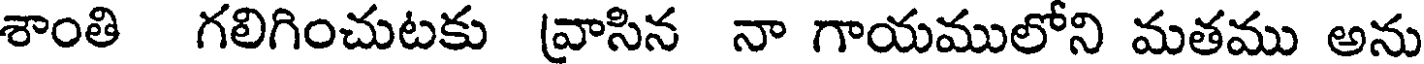
శాంతి గలిగించుటకు వ్రాసిన నా గాయములోని మతము అను